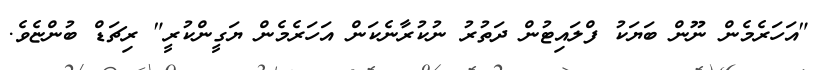
"އަހަރެމެން ނޫން ބަޔަކު ފްލައިޓުން ދަތުރު ނުކުރާނެކަން އަހަރެމެން ޔަގީންކުރީ" ރިޗަޑް ބުންޏެވެ.